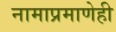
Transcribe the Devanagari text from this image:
नामाप्रमाणेही